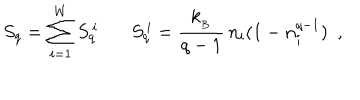
LaTeX: S _ { q } = \sum _ { i = 1 } ^ { W } S _ { q } ^ { \, i } \ \ \ S _ { q } ^ { \, i } = \frac { k _ { _ B } } { q - 1 } \, n _ { i } ( 1 - n _ { i } ^ { q - 1 } ) \ \ ,